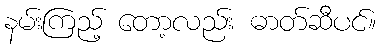
နမ်းကြည့် တော့လည်း ဓာတ်ဆီပင်။